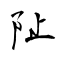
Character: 阯